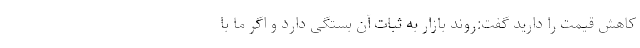
کاهش قیمت را دارید گفت:روند بازار به ثبات آن بستگی دارد و اگر ما با